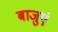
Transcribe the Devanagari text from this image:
बाजुएं